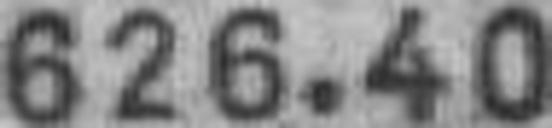
626.40